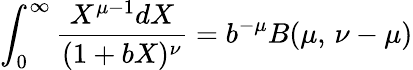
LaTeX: \int_{0}^{\infty}{\frac{X^{\mu-1}dX}{(1+bX)^{\nu}}}=b^{-\mu}B(\mu,\, \nu-\mu)